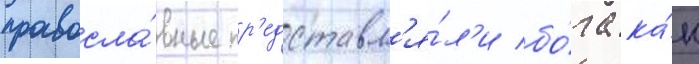
правосла́вные пр'едставл'я́л'и бо́га ка́к